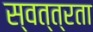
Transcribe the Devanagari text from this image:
स्वत्त्रता